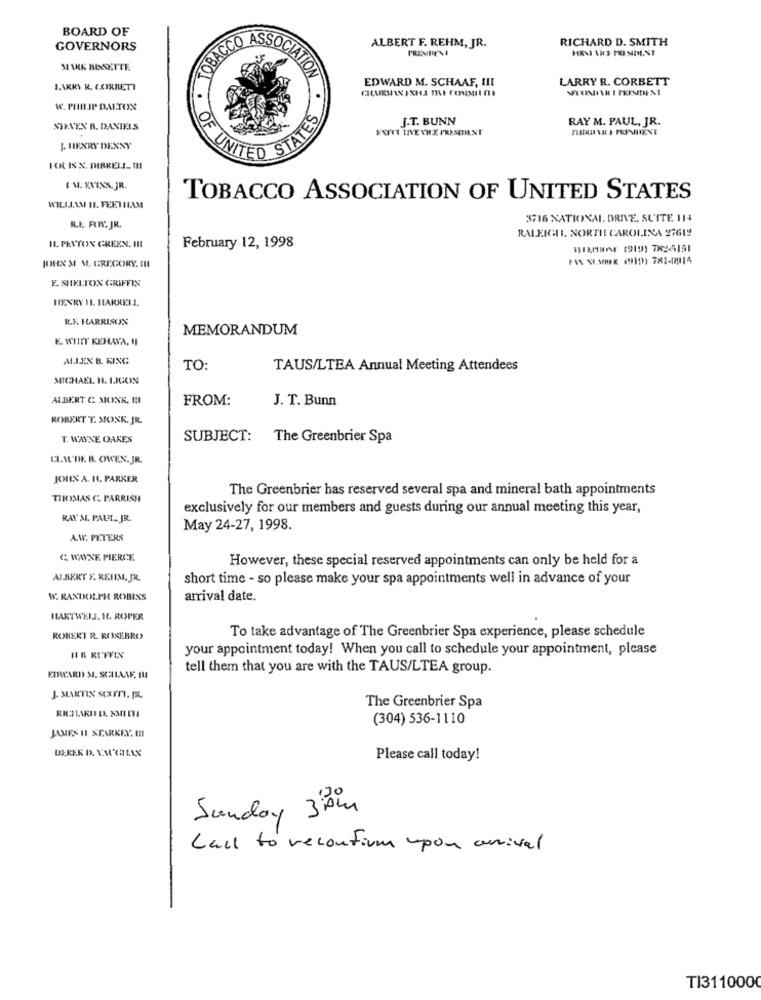
BOARD OF
RICHARD D. SMITH
GOVERNORS
OBACCO ASSOCIA
ALBERT F. REHM, JR.
MARK BISSETTE
TATION
EDWARD M. SCHAAF, III
LARRY R. CORBETT
JAKRY R. CORBETT
W PHILIP DALTON
J.T. BUNN
RAY M. PAUL, JR.
STENEN B. DANIELS
J HENRY DEXNY
TIED STATES
KK IS X, DIBRELI. IN1
TOBACCO ASSOCIATION OF UNITED STATES
WILLIAM II. FEETHAM
3716 XATIONAL. DRIVE, SUITE 114
R.I. ROWY. JR.
RALEIGH. NORTH CAROLINA 27612
IL. PEYTON GREEN. III
February 12, 1998
WISHWAY (919) 7X2-5151
JOHN M M. GREGORY. CH
E SHELTON GRIFFIN
HENRY 11. HARRELL.
ILK. HARRISON
MEMORANDUM
E. WIIIT KEHAYA, II
ALLEX B. KING
TO:
TAUS/LTEA Annual Meeting Attendees
MICHAEL H. LIGON
ALBERT C MONK, I
FROM:
J. T. Bunn
ROBERT T. MONK. JR.
T. WAYNE OAKES
SUBJECT:
The Greenbrier Spa
ELA'DE B. OWEN. JR.
JOHN A. IL. PARKER
The Greenbrier has reserved several spa and mineral bath appointments
THOMAS G PARRISH
exclusively for our members and guests during our annual meeting this year,
RAY M. PAUL ., JR.
May 24-27, 1998.
A.W. PETERS
C. WAYNE PIERCE
However, these special reserved appointments can only be held for a
ALBERT F. REUIM.JR
short time - so please make your spa appointments well in advance of your
W RANDOLPH ROBINS
arrival date.
HARTWELJ. H. ROPER
ROBERT R. ROSEBRO
To take advantage of The Greenbrier Spa experience, please schedule
your appointment today! When you call to schedule your appointment, please
II B RUFFIN
tell them that you are with the TAUS/LTEA group.
EBRARD ME SCHLANE, III
J. MARTIN SCATTI, PEL
The Greenbrier Spa
(304) 536-1110
JAMES IL STARKEN. IN
Please call today!
Sunday 30m
Call to reconfirm upon arrival
TI3110000